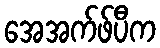
အေအက်ဖ်ပီက